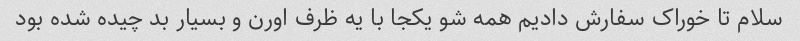
سلام تا خوراک سفارش دادیم همه شو یکجا با یه ظرف اورن و بسیار بد چیده شده بود